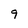
Character: 9